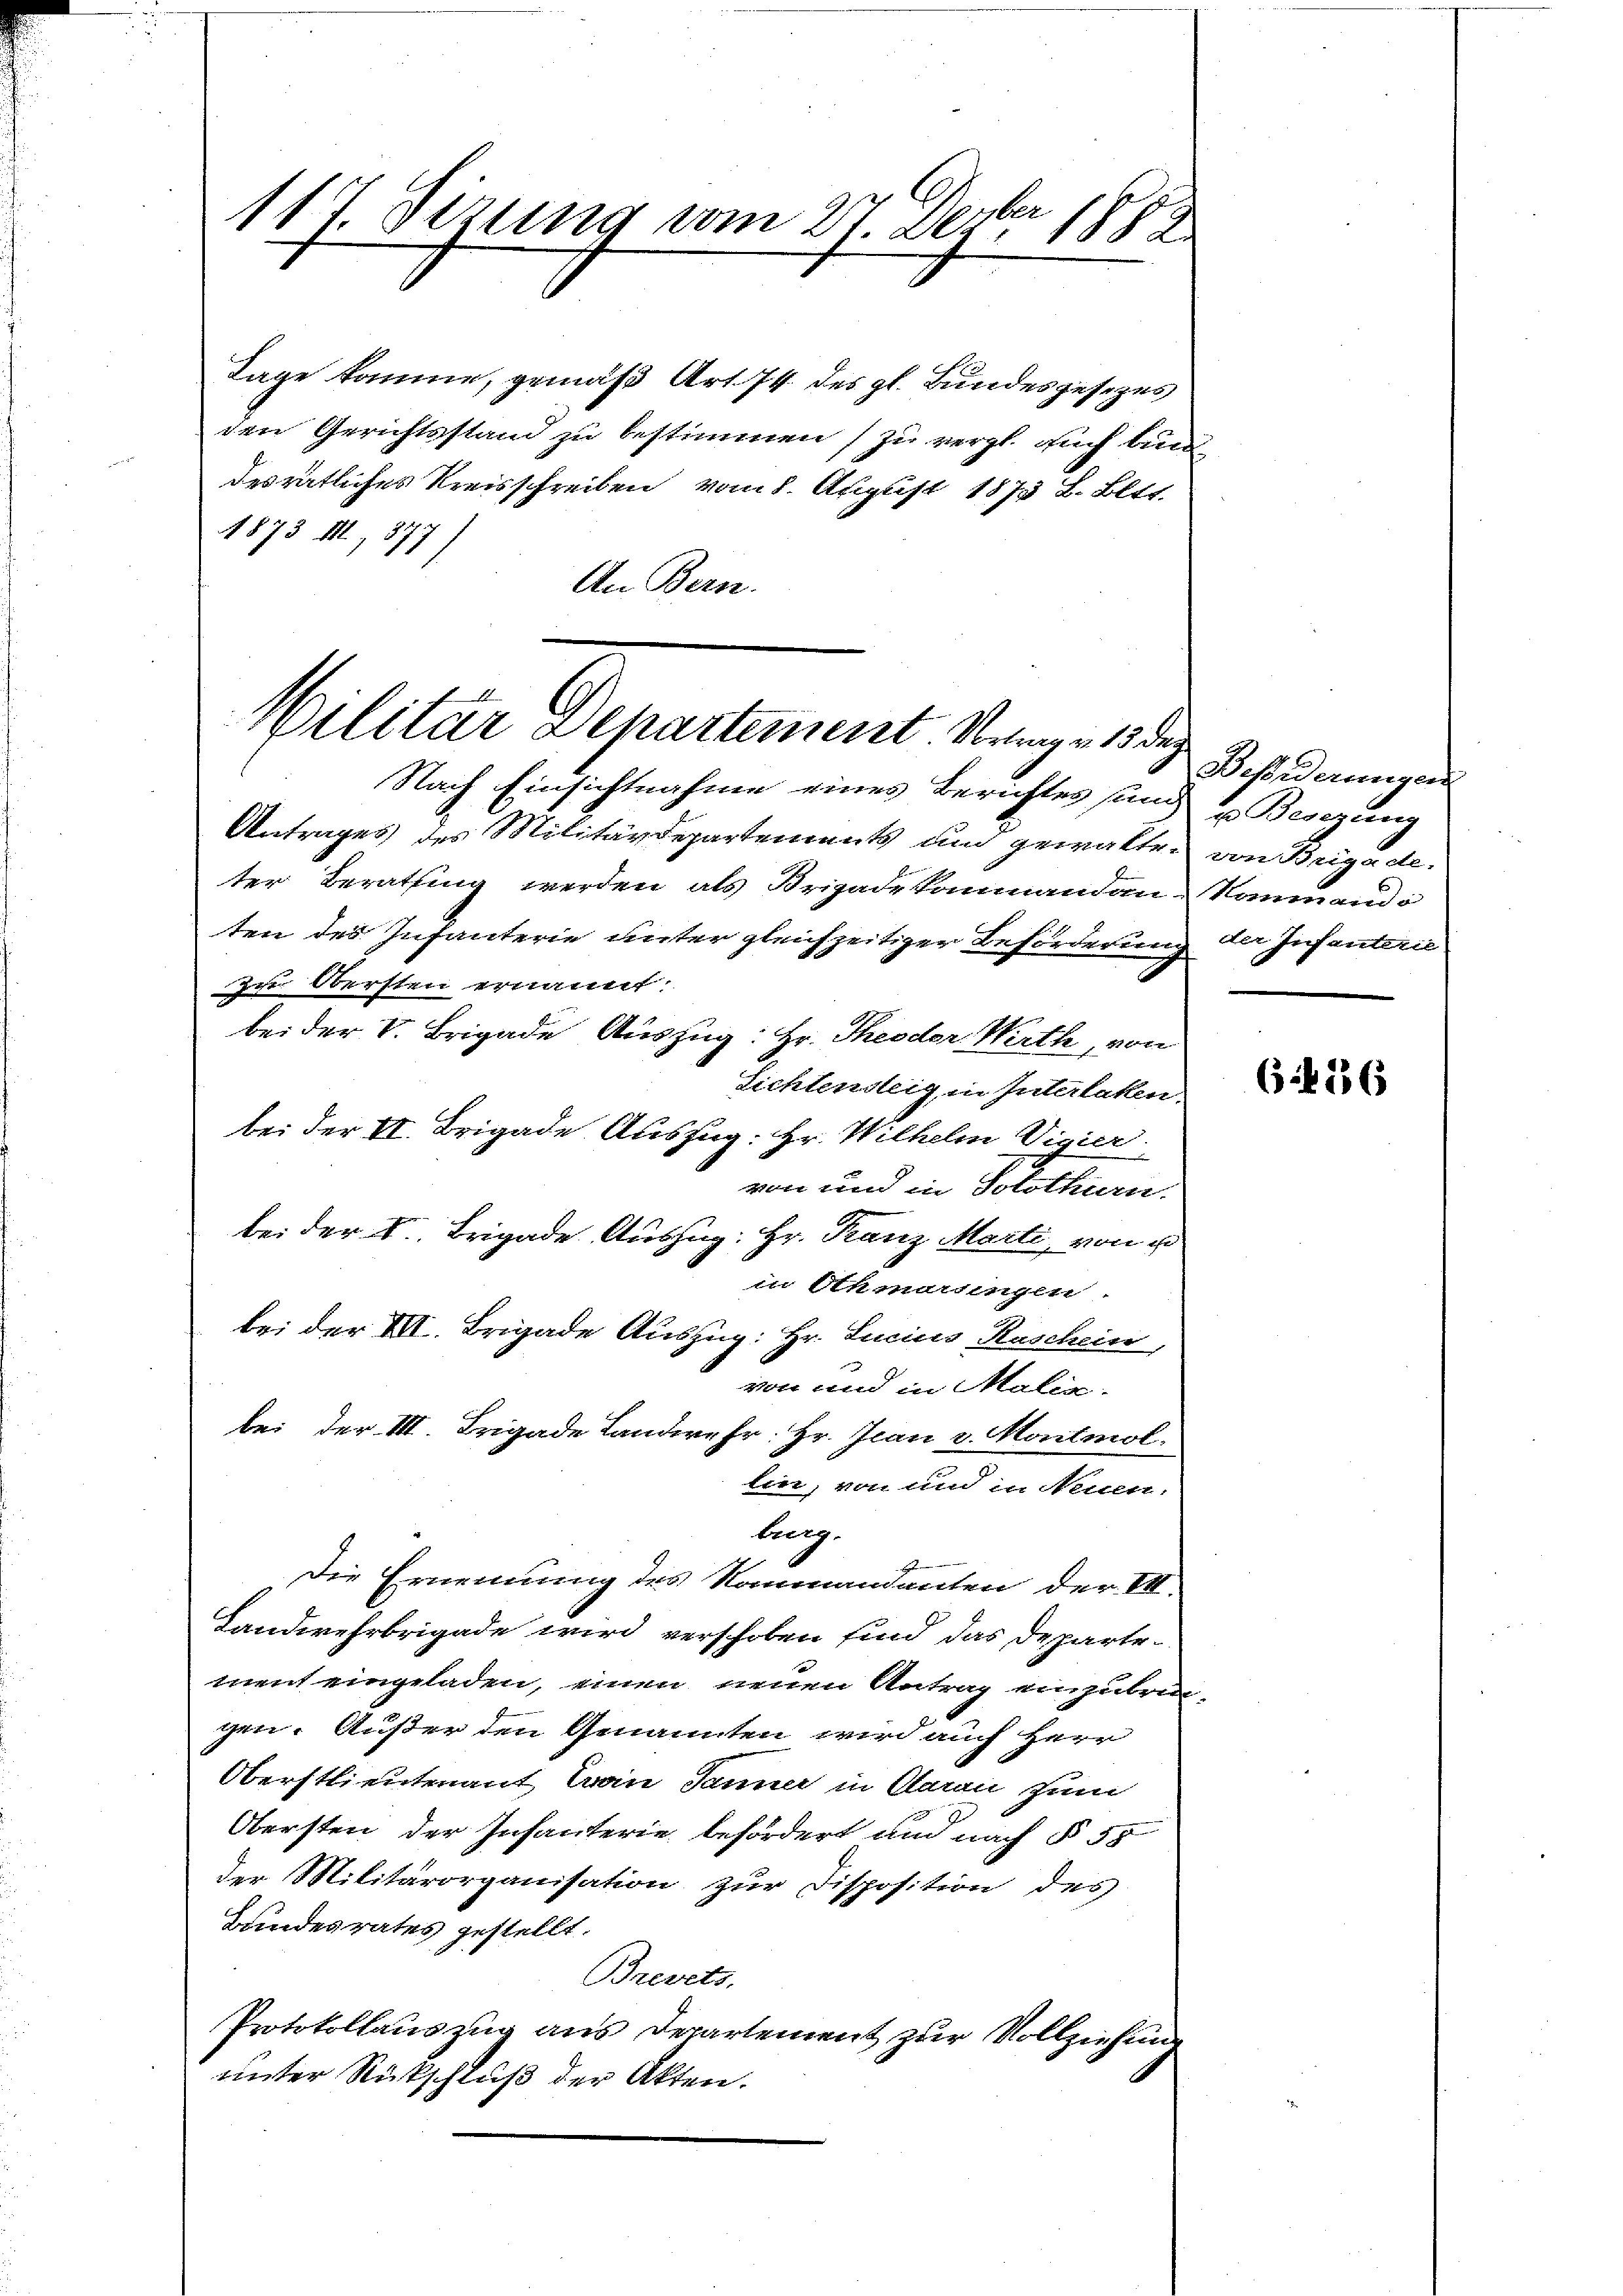
ben
117. Sizung vom 27. Dez. 1882

Tage komme, gemäβ Art. 74 des gl. Bundesgesezes
den Gerichtsstand zu bestimmen zu vergl. auch bin
desrätliches Kreisschreiben vom 8. August 1873 B. Bett.
1873 M., 377
An Bern.

Wilitär Separtement Nrange 13 des

bei der III. Brigade Auszug: Hr. Lucius Raschein
bei der III. Trigade Landwehr. Hr. Jean v. Montmol.

Nach Einsichtnahme eines Berichtes sund
Antrages des Militärdepartements und gewalte.
ter Berathung werden als Krigade kommandan
ten des Infanterie unter gleichzeitiger Beförderung
zu Obersten ernannt.
bei der V. Brigade Auszug
: Hr. Theoder Wirth, von
Sichtensteig, in Interlaken.
bei der II. Brigade Auszug
 Hr. Wilhelm Vigier
von und in Solothur.
bei der F. Brigade Auszug
Hr. Franz Marti, von d
in Othmarsingen.
von und in Malić.
lin, von und in Neuen.
tung.
Die Ernennung des Kommandanten der VI.
Landwehrbrigade wird verschoben sind das Departement eingeladen, einen neuen Antrag einzubrin
gen. Außer den Genannten wird auch Herr
Oberstlieutenant Trau Janner in Daran zum
Obersten der Infanterie befördert und nach § 55
der Militärorganisation zur Disposition des
Bundesrates gestellt.
Brevets.
Protokollauszug aus derartement zur Vollziehun
unter Rückschluß der Akten.

Besonderungen
z Besizung
von Brigade.
Kommande
der Infanterie

1 f 36